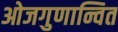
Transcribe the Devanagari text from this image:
ओजगुणान्वित